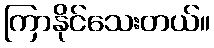
ကြာနိုင်သေးတယ်။